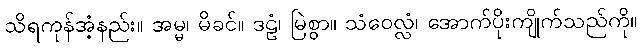
သိရကုန်အံ့နည်း။ အမ္မ၊ မိခင်။ ဒဠံ၊ မြဲစွာ။ သံဝေလ္လံ၊ အောက်ပိုးကျိုက်သည်ကို။